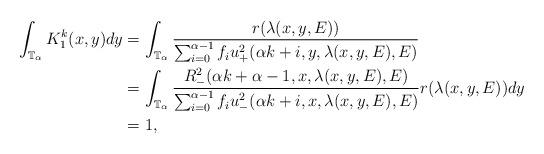
LaTeX: \begin{align*}\int_{\mathbb{T}_\alpha}K_1^{k}(x,y)dy&=\int_{\mathbb{T}_\alpha}\frac{r(\lambda(x,y,E))}{\sum_{i=0}^{\alpha-1}f_iu_+^2(\alpha k+i,y,\lambda(x,y,E),E)}\\&=\int_{\mathbb{T}_\alpha}\frac{R_{-}^{2}(\alpha k+\alpha-1,x,\lambda(x,y,E),E)}{\sum_{i=0}^{\alpha-1}f_iu_-^2(\alpha k+i,x,\lambda(x,y,E),E)}r(\lambda(x,y,E))dy\\&=1,\end{align*}